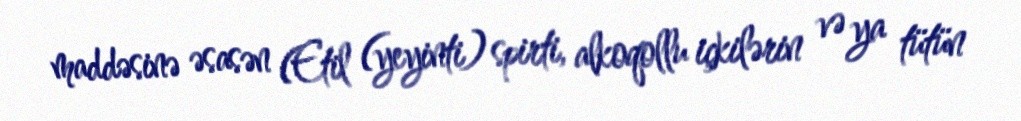
maddəsinə əsasən (Etil (yeyinti) spirti, alkoqollu içkilərin və ya tütün